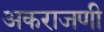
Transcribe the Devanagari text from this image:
अकराजणी